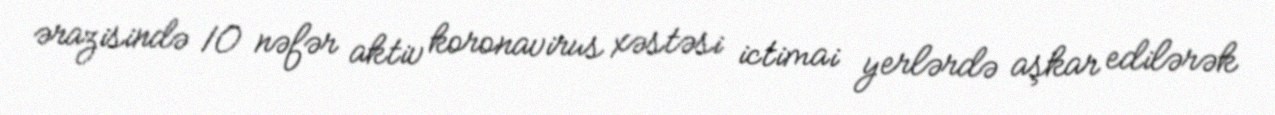
ərazisində 10 nəfər aktiv koronavirus xəstəsi ictimai yerlərdə aşkar edilərək